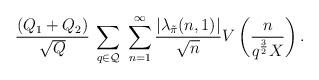
LaTeX: \begin{align*}\frac{(Q_1+Q_2)}{\sqrt{Q}}\:\sum_{q\in\mathcal{Q}}\;\sum_{n=1}^\infty \frac{|\lambda_{\tilde \pi}(n,1)|}{\sqrt{n}}V\left(\frac{n}{q^{\frac{3}{2}}X}\right).\end{align*}